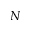
N